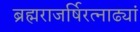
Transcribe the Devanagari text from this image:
ब्रह्मराजर्षिरत्नाढ्यां